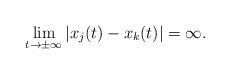
LaTeX: \begin{align*}\lim_{t\to\pm\infty}|x_j(t)-x_k(t)|=\infty. \end{align*}